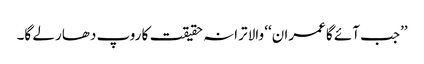
’’جب آئے گا عمران‘‘ والا ترانہ حقیقت کا روپ دھار لے گا۔